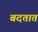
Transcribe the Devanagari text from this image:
बदतात